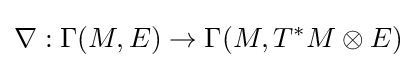
\nabla :\Gamma (M,E)\to \Gamma (M,T^{*}M\otimes E)